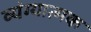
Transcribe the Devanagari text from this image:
व्‍यंग्‍यात्‍मक